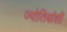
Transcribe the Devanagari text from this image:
ज्योतिबांशी